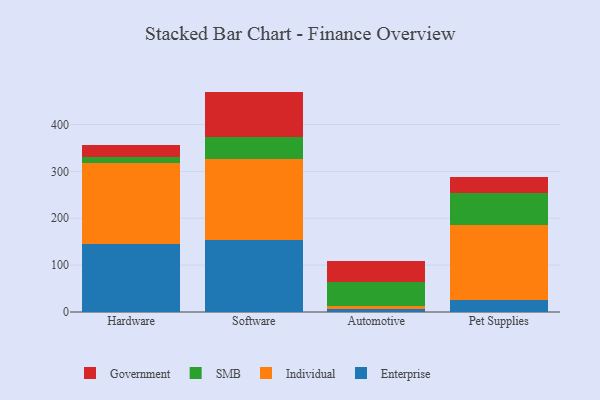
{"axis": {"x": "Category", "y": "Backlog"}, "legend": ["Enterprise", "Government", "Individual", "SMB"], "data": [{"x": "Hardware", "y": 145.1, "type": "Enterprise"}, {"x": "Hardware", "y": 171.8, "type": "Individual"}, {"x": "Hardware", "y": 13.7, "type": "SMB"}, {"x": "Hardware", "y": 26.4, "type": "Government"}, {"x": "Software", "y": 152.9, "type": "Enterprise"}, {"x": "Software", "y": 173.1, "type": "Individual"}, {"x": "Software", "y": 47.2, "type": "SMB"}, {"x": "Software", "y": 97.1, "type": "Government"}, {"x": "Automotive", "y": 6.2, "type": "Enterprise"}, {"x": "Automotive", "y": 6.9, "type": "Individual"}, {"x": "Automotive", "y": 49.9, "type": "SMB"}, {"x": "Automotive", "y": 46.2, "type": "Government"}, {"x": "Pet Supplies", "y": 26.5, "type": "Enterprise"}, {"x": "Pet Supplies", "y": 158.5, "type": "Individual"}, {"x": "Pet Supplies", "y": 69.6, "type": "SMB"}, {"x": "Pet Supplies", "y": 33.6, "type": "Government"}]}